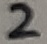
Text: 2